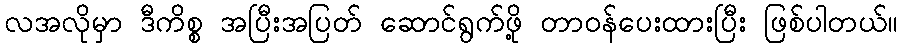
လအလိုမှာ ဒီကိစ္စ အပြီးအပြတ် ဆောင်ရွက်ဖို့ တာဝန်ပေးထားပြီး ဖြစ်ပါတယ်။